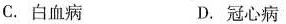
C.白血病 D.冠心病